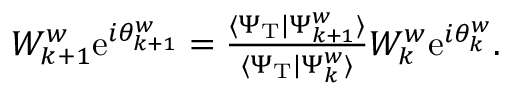
\begin{array} { r } { W _ { { k + 1 } } ^ { w } \mathrm { e } ^ { i \theta _ { { k + 1 } } ^ { w } } = \frac { \langle \Psi _ { \mathrm { T } } | \Psi _ { k + 1 } ^ { w } \rangle } { \langle \Psi _ { \mathrm { T } } | \Psi _ { k } ^ { w } \rangle } W _ { k } ^ { w } \mathrm { e } ^ { i \theta _ { k } ^ { w } } . } \end{array}